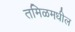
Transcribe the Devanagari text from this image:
तमिळमधील